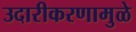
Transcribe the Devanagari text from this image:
उदारीकरणामुळे